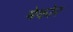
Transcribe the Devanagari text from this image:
मेकोर